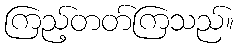
ကြည့်တတ်ကြသည်။